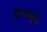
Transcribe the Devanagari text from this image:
खेळामुळे